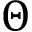
\boldsymbol { \Theta }